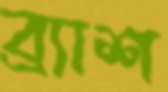
ব্র্যাশ